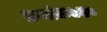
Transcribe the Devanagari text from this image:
क्रमांक७४०